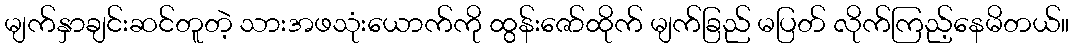
မျက်နှာချင်းဆင်တူတဲ့ သားအဖသုံးယောက်ကို ထွန်းဇော်ထိုက် မျက်ခြည် မပြတ် လိုက်ကြည့်နေမိတယ်။